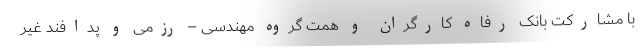
با مشارکت بانک رفاه کارگران و همت گروه مهندسی – رزمی و پدافند غیر